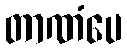
တာဏံပေ